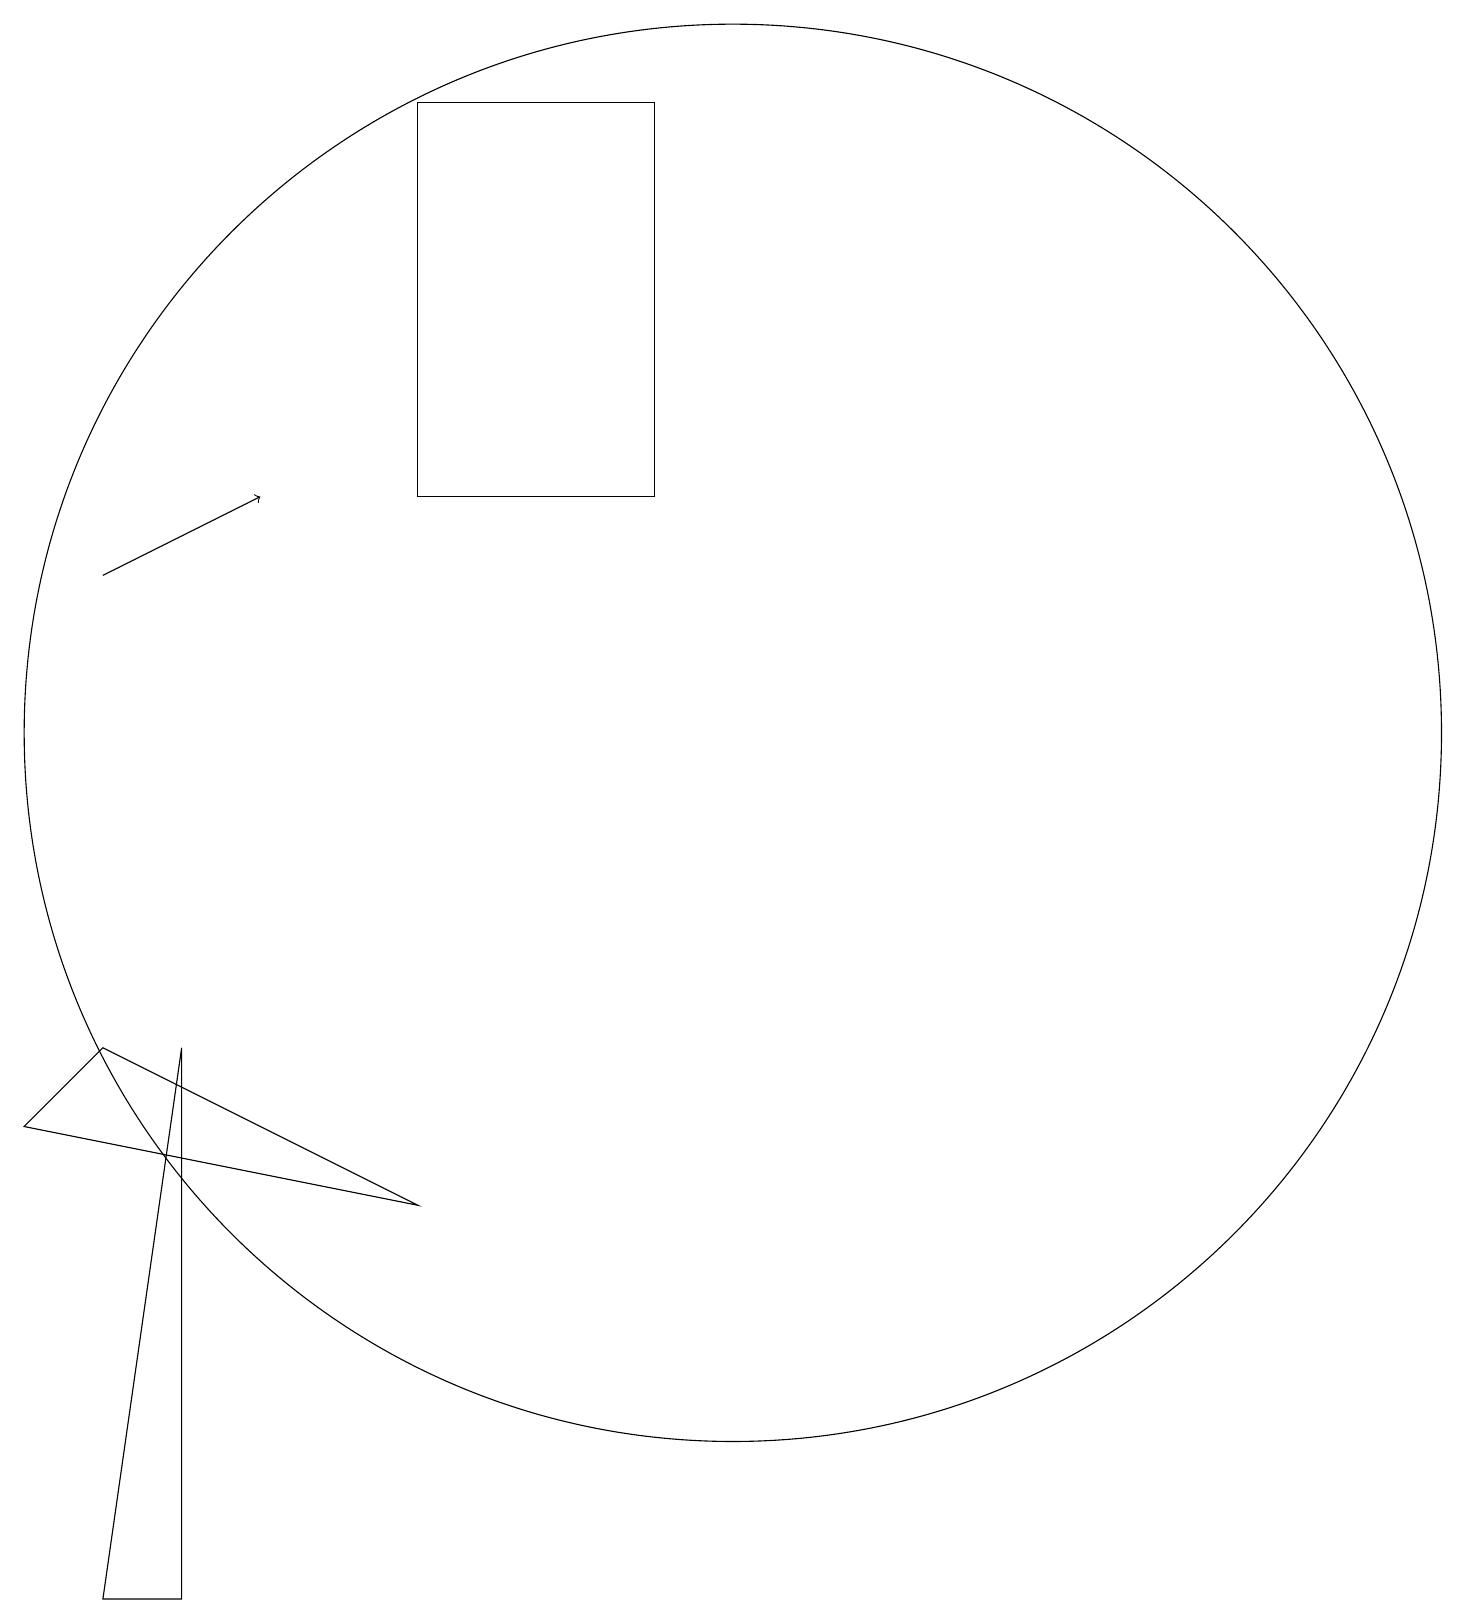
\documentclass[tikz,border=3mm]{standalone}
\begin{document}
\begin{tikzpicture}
\draw (6,19) rectangle (9,14);
\draw[->] (2,13) -- (4,14);
\draw (10,11) circle (9);
\draw (7,19) rectangle (6,19);
\draw (1,6) -- (6,5) -- (2,7) -- cycle;
\draw (2,0) -- (3,7) -- (3,0) -- cycle;
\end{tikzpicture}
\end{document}